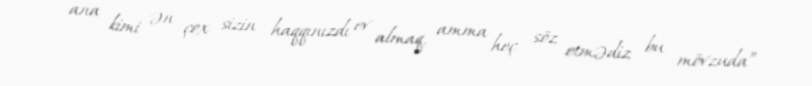
ana kimi ən çox sizin haqqınızdı ev almaq, amma heç söz etmədiz bu mövzuda” -